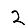
Digit: 2